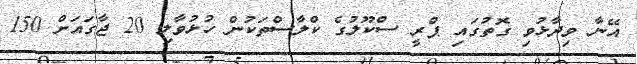
އޭނާ ވިދާޅުވި ގޮތުގައި ޕްރީ ސްކޫލުގެ ކްލާސްތަކުން ހުޅުވާލި 20 ޖާގައަށް 150